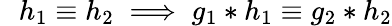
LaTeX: \ \ \, h_{1}\equiv h_{2}\implies g_{1}\ast h_{1}\equiv g_{2}\ast h_{2}